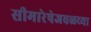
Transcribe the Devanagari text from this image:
सीमारेषेजवळच्या